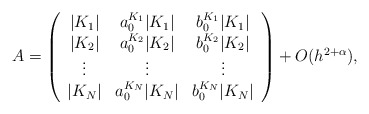
\begin{align*}A=\left(\begin{array}{ccc} |K_{1}|& a_0^{K_1}|K_1| & b_0^{K_1}|K_1|\\ |K_{2}|& a_0^{K_2}|K_2| & b_0^{K_2}|K_2|\\ \vdots&\vdots&\vdots\\ |K_{N}|& a_0^{K_N}|K_N| & b_0^{K_N}|K_N| \end{array}\right)+O(h^{2+\alpha}), \end{align*}